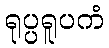
ရုပ္ပရူပကံ